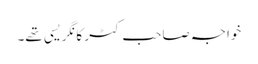
خواجہ صاحب کٹر کانگریسی تھے۔